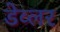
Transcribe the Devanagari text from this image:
डेव्लर